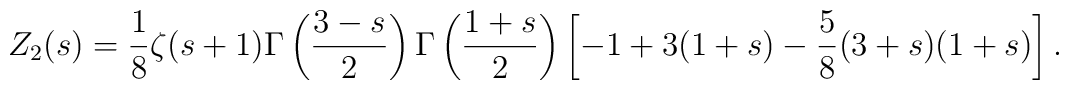
Z_2(s)=\frac{1}{8}\zeta(s+1)\Gamma\left(\frac{3-s}{2}\right)\Gamma\left(\frac{1+s}{2}\right)\left[-1+3(1+s)-\frac{5}{8}(3+s)(1+s)\right].